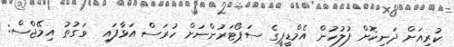
ކުރިއަށް ދަނިކޮށް ފުލުހުން އެމްޑީޕީގެ ސަޕޯޓަރުންނަށް ހުރަސް އަޅާފައި  ވަގުތު އިމޭޖްސް: